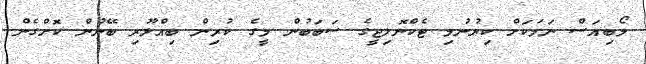
މޯބިއަސް ނަމަކަށް ކިޔުނުމި ޓެކްނޮލިޖީގެ ސަބަބުން މީގެ ކުރިން ބިއްލޫރި ބޭނުން ކޮށްގެން